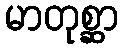
မာတုစ္ဆာ